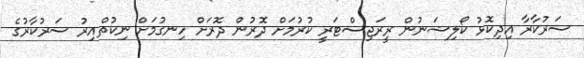
ސަރުކާރާ އިދިކޮޅު ކޯލިޝަނުން ރީރަޖިސްޓަރީ ކުރުމަށް ދޮރުން ދޮރަށް ހިނގުމަށް ނިކުތްއިރު ސަރުކާރުގެ